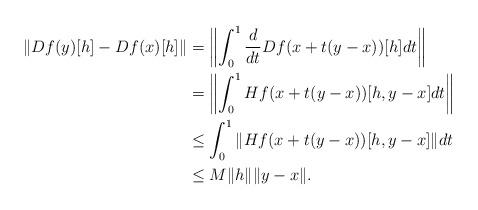
LaTeX: \begin{align*}\Vert Df(y)[h]-Df(x)[h]\Vert &= \left\Vert \int_{0}^1 \frac{d}{dt} Df(x+t(y-x))[h]dt\right\Vert \\&= \left\Vert \int_{0}^1 Hf(x+t(y-x))[h,y-x]dt\right\Vert \\&\leq \int_0^1 \Vert Hf(x+t(y-x))[h,y-x]\Vert dt \\&\leq M\Vert h\Vert \Vert y-x\Vert. \end{align*}